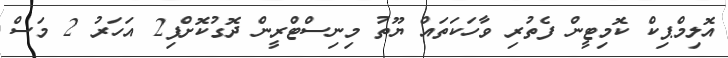
އޮލިމްޕިކް ކޮމިޓީން ފެތުރި ވާހަކަތައް ޔޫތު މިނިސްޓްރީން ދޮގުކޮށްފި2 އަހަރު 2 މަސް